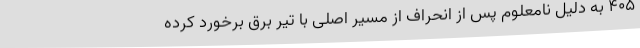
۴۰۵ به دلیل نامعلوم پس از انحراف از مسیر اصلی با تیر برق برخورد کرده